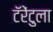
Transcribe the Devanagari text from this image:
टॅरेंटुला